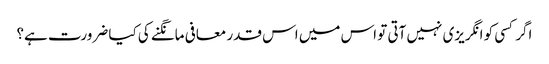
اگر کسی کو انگریزی نہیں آتی تو اس میں اس قدر معافی مانگنے کی کیا ضرورت ہے؟